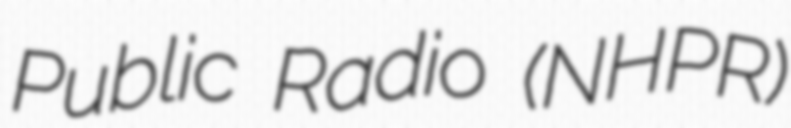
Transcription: Public Radio (NHPR)